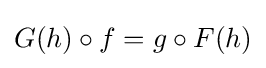
G(h)\circ f=g\circ F(h)